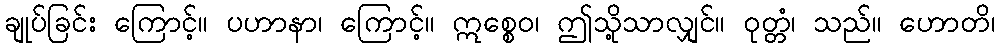
ချုပ်ခြင်း ကြောင့်။ ပဟာနာ၊ ကြောင့်။ ဣစ္စေဝ၊ ဤသို့သာလျှင်။ ဝုတ္တံ၊ သည်။ ဟောတိ၊